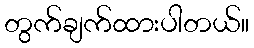
တွက်ချက်ထားပါတယ်။